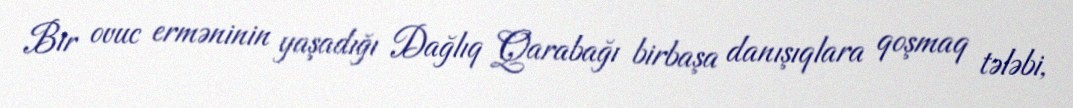
Bir ovuc erməninin yaşadığı Dağlıq Qarabağı birbaşa danışıqlara qoşmaq tələbi,